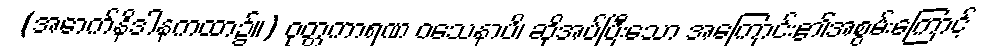
(အောက်နိဒါနကထာ၌။) ဝုတ္တကာရဏ ဝသေနာပိ၊ ဆိုအပ်ပြီးသော အကြောင်း၏အစွမ်းကြောင့်